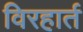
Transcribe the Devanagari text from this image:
विरहार्त